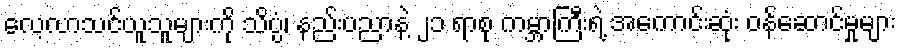
လေ့လာသင်ယူသူများကို သိပ္ပံ၊ နည်းပညာနဲ့ ၂၁ ရာစု ကမ္ဘာကြီးရဲ့ အကောင်းဆုံး ဝန်ဆောင်မှုများ